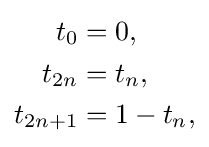
{\begin{aligned}t_{0}&=0,\\t_{2n}&=t_{n},\\t_{2n+1}&=1-t_{n},\end{aligned}}